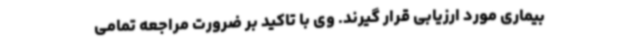
بیماری مورد ارزیابی قرار گیرند. وی با تاکید بر ضرورت مراجعه تمامی